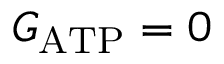
G _ { \mathrm { A T P } } = 0